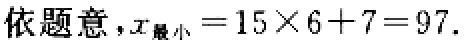
依题意，$x_{\text{最小}} = 15\times 6 + 7 = 97.$